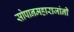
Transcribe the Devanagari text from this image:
सोपानमहाराजांनी